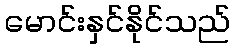
မောင်းနှင်နိုင်သည်